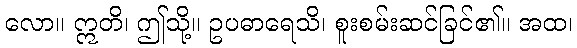
လော။ ဣတိ၊ ဤသို့။ ဥပဓာရေသိ၊ စူးစမ်းဆင်ခြင်၏။ အထ၊